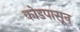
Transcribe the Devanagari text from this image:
कोडपासून